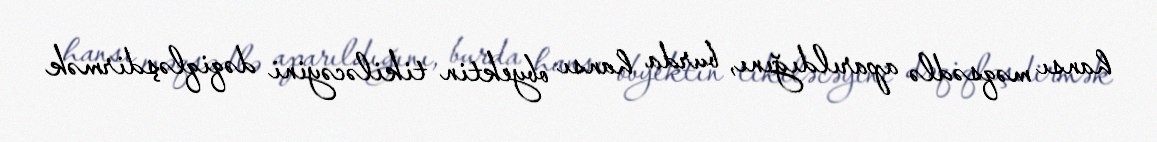
hansı məqsədlə aparıldığını, burda hansı obyektin tikiləcəyini dəqiqləşdirmək